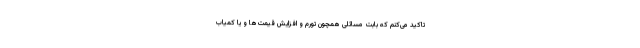
تاکید می‌کنم که بابت مسائلی همچون تورم و افزایش قیمت‌ها و یا کمیاب